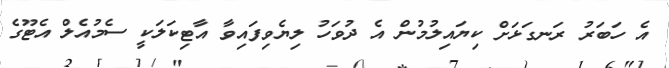
އެ ހަބަރު ރަނގަޅަށް ކިޔައިލުމުން އެ ދުވަހު ލިޔެވިފައިވާ އާޓިކަލަކީ ސެމުއެލް އެޓޫގެ